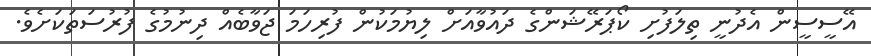
އޭސީސީން އެދުނީ ތިލަފުށި ކޯޕަރޭޝަންގެ ދައުވާއަށް ލިޔުމަކުން ފުރިހަމަ ޖަވާބެއް ދިނުމުގެ ފުރުސަތަކަށެވެ.